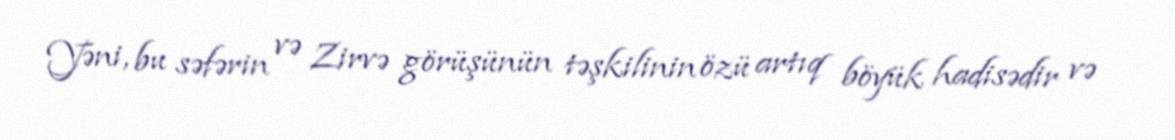
Yəni, bu səfərin və Zirvə görüşünün təşkilinin özü artıq böyük hadisədir və